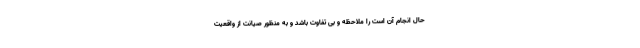
حال انجام آن است را ملاحظه و بی تفاوت باشد و به منظور صیانت از واقعیت